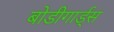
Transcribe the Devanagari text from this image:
बोडीगार्ड्स